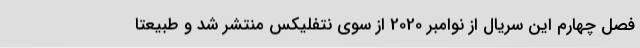
فصل چهارم این سریال از نوامبر 2020 از سوی نتفلیکس منتشر شد و طبیعتا